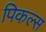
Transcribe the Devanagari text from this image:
पिकल्स